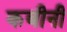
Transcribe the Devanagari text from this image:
कबीनी